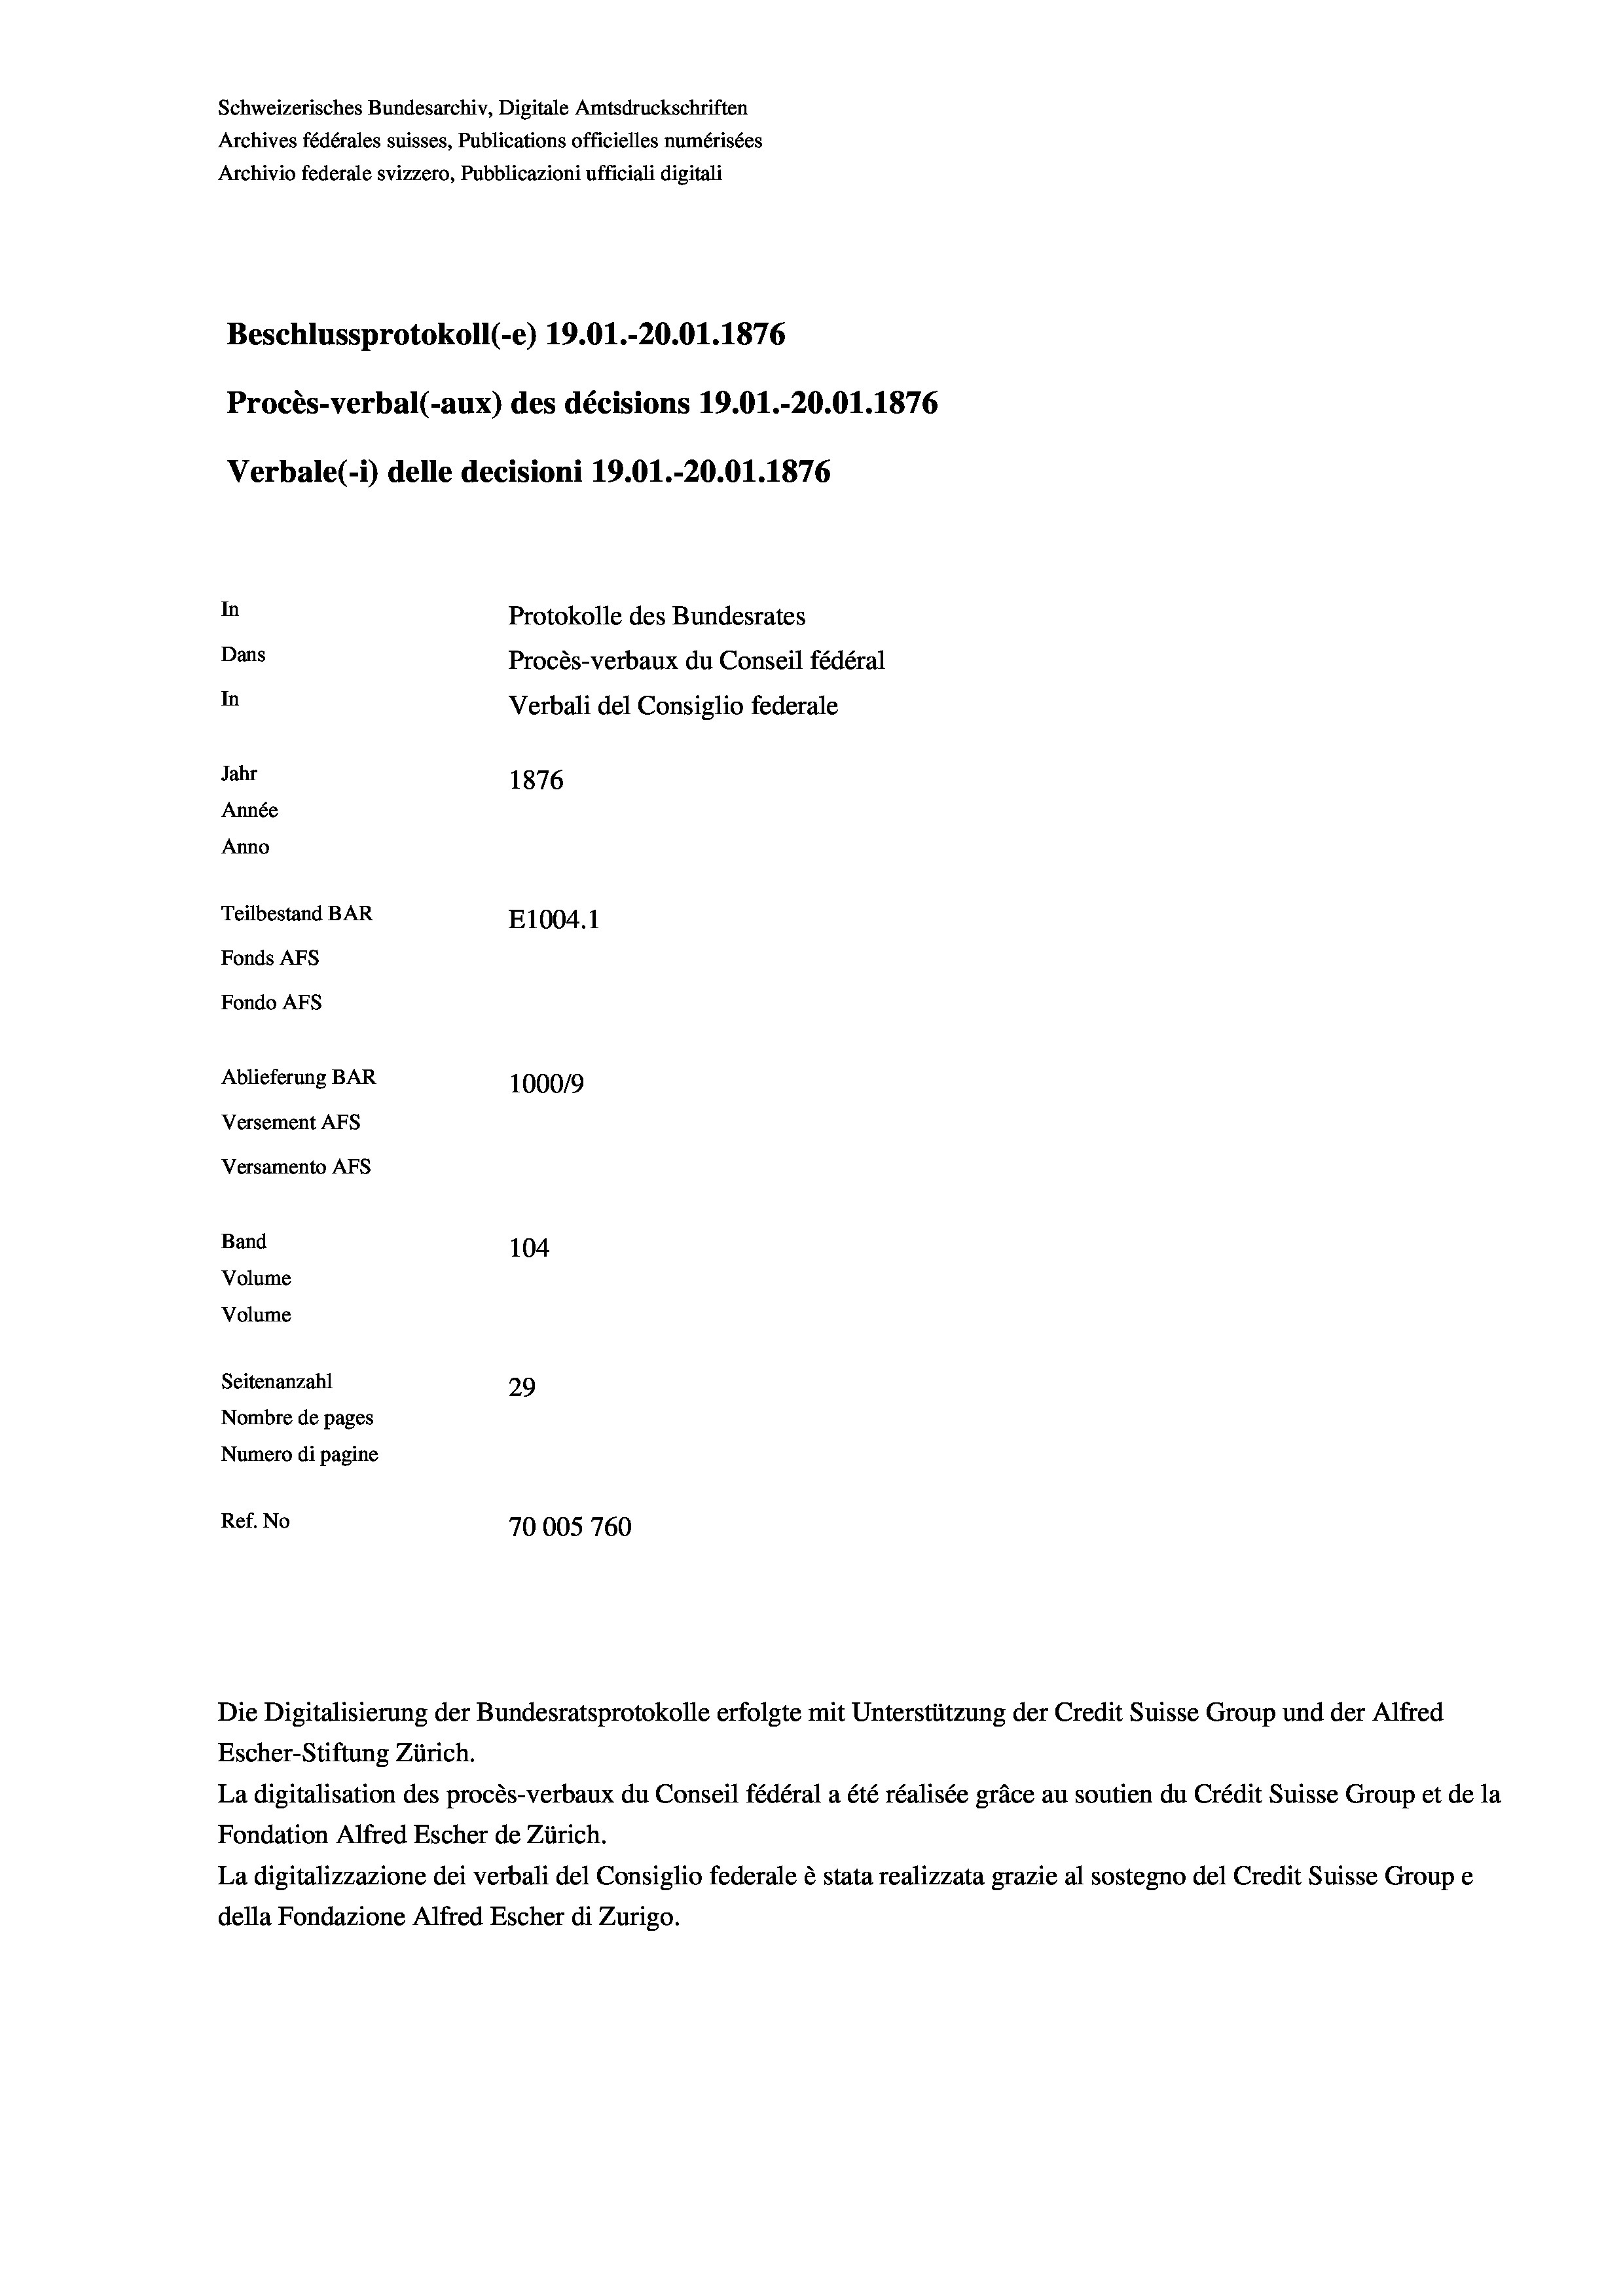
Schweizerisches Bundesarchiv, Digitale Amtsdruckschriften
Archives fédérales suisses, Publications officielles numérisées
Archivio federale svizzero, Pubblicazioni ufficiali digitali
Beschlussprotokoll (-e) 19.01.-20.01. 1876
Procès-verbal (-aux) des décisions 19.01.-20.01. 1876
Verbale(*) delle decisioni 19.01.-20.01. 1876
In
Protokolle des Bundesrates
Dans
Procès-verbaux du Conseil fédéral
In
Verbali del Consiglio federale
Jahr
1876
Année
Anno
Teilbestand BAR
E1004.1
Fonds AFs
Fondo Afs
Ablieferung BAR
100019
Versement AFs
Versamento Afs
Band
104
Volume
Volume
Seitenanzahl
29
Nombre de pages
Numero di pagine
Ref. No
70005760

Die Digitalisierung der Bundesratsprotokolle erfolgte mit Unterstützung der Credit Suisse Group und der Alfred
Escher-Stiftung Zürich.
La digitalisation des procès-verbaux du Conseil fédéral a été réalisée gräce au soutien du Crédit Suisse Group et de la
Fondation Alfred Escher de Zürich.
La digitalizzazione dei verbali del Consiglio federale è stata realizzata grazie al sostegno del Credit Suisse Groupe
della Fondazione Alfred Escher di Zurigo.